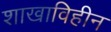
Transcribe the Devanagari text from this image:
शाखाविहीन